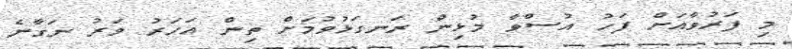
މި ފަރުވާއަށް ފަހު އުސްވާ މުޅިން ރަނގަޅުވުމަށް ތިން އަހަރު ވަރު ނަގާނެ